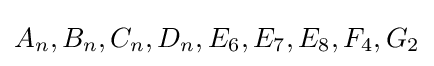
A_{n},B_{n},C_{n},D_{n},E_{6},E_{7},E_{8},F_{4},G_{2}